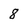
Character: 8